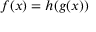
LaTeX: f ( x ) = h ( g ( x ) )